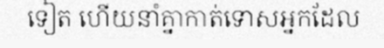
ទៀត ហើយនាំគ្នាកាត់ទោសអ្នកដែល